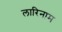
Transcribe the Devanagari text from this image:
लारिनाम